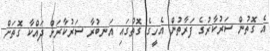
އެ ގޮތުން ސަރުކާރުގެ ފަރާތުން އެހީގެ ގޮތުގައި އަނބުރާ ސަރުކާރަށް ދައްކާ ގޮތަށް